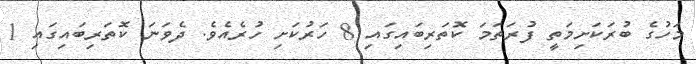
މަހުގެ ބުރަކަށިމަތީ ފުރަތަމަ ކޮތަރިބައިގައި 8 ހަރުކަށި ހުރެއެވެ. ދެވަނަ ކޮތަރިބައިގައި 1